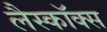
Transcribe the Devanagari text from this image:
लैस्कॉक्स